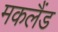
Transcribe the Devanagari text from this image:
मकलैंड